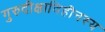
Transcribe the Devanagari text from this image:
गुरुदीक्षाविहीनस्य